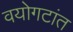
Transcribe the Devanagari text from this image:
वयोगटांत